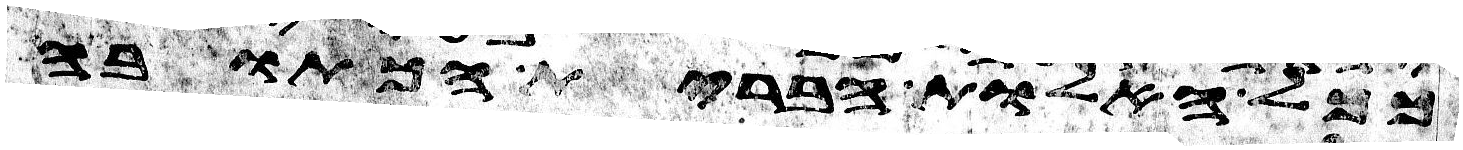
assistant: ככל האלות הברית הכתובה